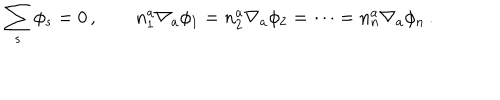
\sum _ { s } \phi _ { s } = 0 \, , \qquad n _ { 1 } ^ { a } \nabla _ { a } \phi _ { 1 } = n _ { 2 } ^ { a } \nabla _ { a } \phi _ { 2 } = \cdots = n _ { n } ^ { a } \nabla _ { a } \phi _ { n } \, .